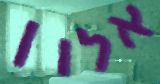
אלון